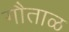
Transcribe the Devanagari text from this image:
गौताळ